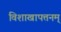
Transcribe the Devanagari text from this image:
विशाखापत्तनम्‌